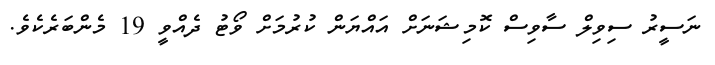
ނަސީރު ސިވިލް ސާވިސް ކޮމިޝަނަށް އައްޔަން ކުރުމަށް ވޯޓު ދެއްވީ 19 މެންބަރެކެވެ.